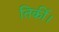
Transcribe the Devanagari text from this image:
तिर्की।